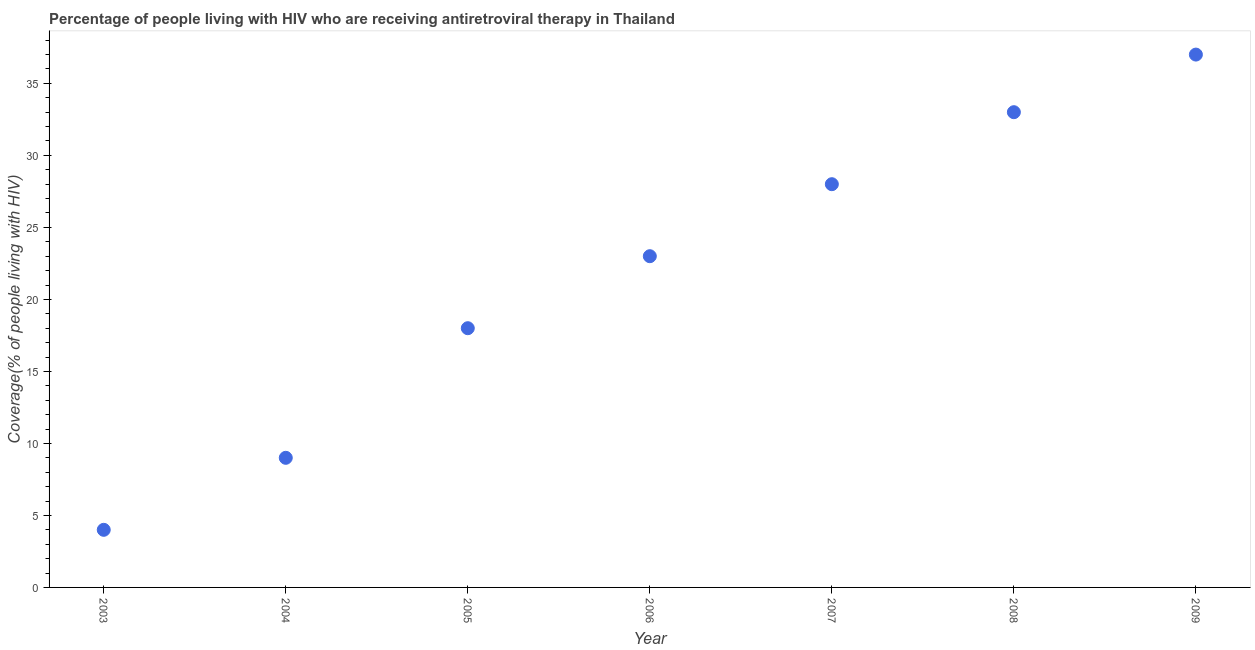
| Year | Antiretroviral therapy coverage |
 | --- | --- |
 | 2003 | 4 |
 | 2004 | 9 |
 | 2005 | 18 |
 | 2006 | 23 |
 | 2007 | 28 |
 | 2008 | 33 |
 | 2009 | 37 |